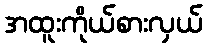
အထူးကိုယ်စားလှယ်